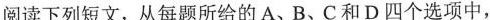
阋读下列短文,从每题所给的 A、B、C和 D四个选项中,